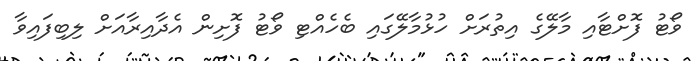
ވޯޓު ފޮށްޓާއި މާލޭގެ އިތުރަށް ހުޅުމާލޭގައި ބެހެއްޓި ވޯޓު ފޮށިން އެދާއިރާއަށް ލިބިފައިވާ